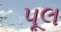
પૂલ